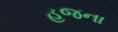
હજના